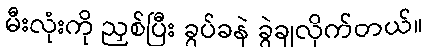
မီးလုံးကို ညှစ်ပြီး ခွပ်ခနဲ ခွဲချလိုက်တယ်။